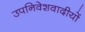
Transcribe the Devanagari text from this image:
उपनिवेशवादीयों